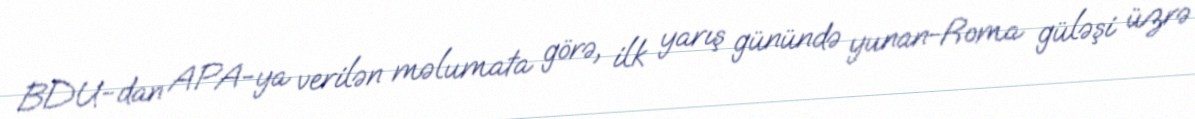
BDU-dan APA-ya verilən məlumata görə, ilk yarış günündə yunan-Roma güləşi üzrə